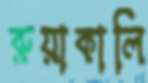
রুয়াকালি